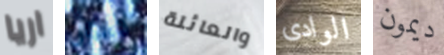
اريا كابون والعائلة الوادى ديمون